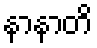
နာနာတိ